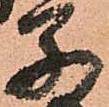
父